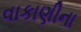
વાકાણીના